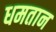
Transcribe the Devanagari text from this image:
धमतान